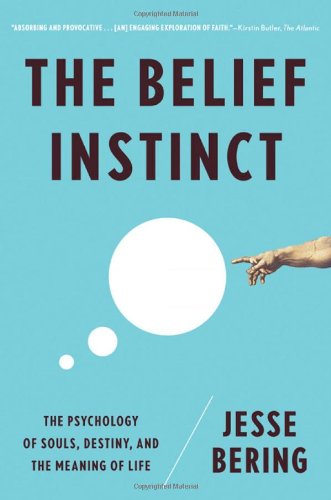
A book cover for The Belief Instinct: The Psychology of Souls, Destiny, and the Meaning of Life; Jesse Bering; Religion & Spirituality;